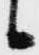
候